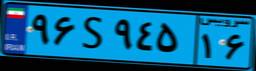
۹۶S۹۴۵۱۶